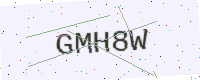
Text: GMH8W